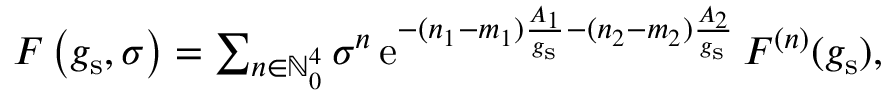
\begin{array} { r } { F \left( g _ { \mathrm { s } } , \boldsymbol { \sigma } \right) = \sum _ { \boldsymbol { n } \in { \mathbb N } _ { 0 } ^ { 4 } } \boldsymbol { \sigma } ^ { \boldsymbol { n } } \, { \mathrm { e } } ^ { - ( n _ { 1 } - m _ { 1 } ) \frac { A _ { 1 } } { g _ { \mathrm { s } } } - ( n _ { 2 } - m _ { 2 } ) \frac { A _ { 2 } } { g _ { \mathrm { s } } } } \, F ^ { ( \boldsymbol { n } ) } ( g _ { \mathrm { s } } ) , } \end{array}